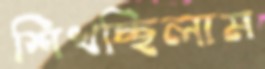
শিখচ্ছিলাম